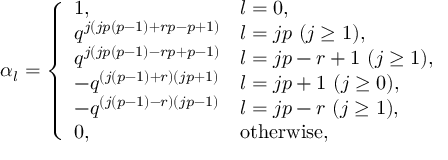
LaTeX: \alpha _ { l } = \left\{ \begin{array} { l l } { { 1 , } } & { { l = 0 , } } \\ { { q ^ { j ( j p ( p - 1 ) + r p - p + 1 ) } } } & { { l = j p ~ ( j \geq 1 ) , } } \\ { { q ^ { j ( j p ( p - 1 ) - r p + p - 1 ) } } } & { { l = j p - r + 1 ~ ( j \geq 1 ) , } } \\ { { - q ^ { ( j ( p - 1 ) + r ) ( j p + 1 ) } } } & { { l = j p + 1 ~ ( j \geq 0 ) , } } \\ { { - q ^ { ( j ( p - 1 ) - r ) ( j p - 1 ) } } } & { { l = j p - r ~ ( j \geq 1 ) , } } \\ { { 0 , } } & { { \mathrm { o t h e r w i s e } , } } \end{array} \right.